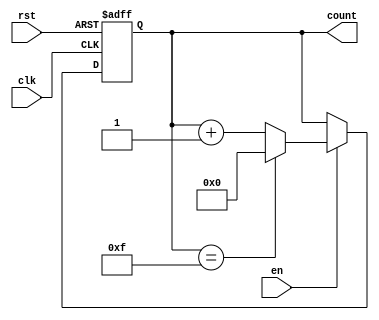
module MemoryBlocksUpCounter #(
    parameter WIDTH = 4,           // Bit width of the counter
    parameter INITIAL_VALUE = 0,   // Initial value of the counter
    parameter MAX_VALUE = 15        // Maximum value of the counter
)(
    input wire clk,                // Clock signal
    input wire rst,                // Reset signal
    input wire en,                 // Enable signal
    output reg [WIDTH-1:0] count   // Current count value
);

    // Always block for counting logic
    always @(posedge clk or posedge rst) begin
        if (rst) begin
            // Asynchronous reset to initial value
            count <= INITIAL_VALUE;
        end else if (en) begin
            // Increment the counter if enabled
            if (count == MAX_VALUE) begin
                count <= INITIAL_VALUE; // Wrap around to initial value
            end else begin
                count <= count + 1;      // Increment the counter
            end
        end
    end

endmodule